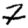
Digit: 2